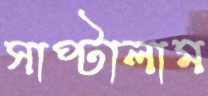
সাপ্‌টালাম